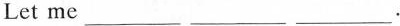
Let me___ ___ ___.